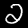
Digit: 2